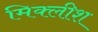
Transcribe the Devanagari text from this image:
मिक्लीश